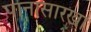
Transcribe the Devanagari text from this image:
पानासारखा